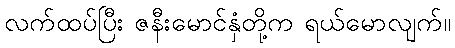
လက်ထပ်ပြီး ဇနီးမောင်နှံတို့က ရယ်မောလျက်။